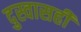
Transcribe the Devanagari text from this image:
दुस्वासही